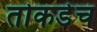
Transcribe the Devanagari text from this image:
तोकडेच